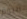
اليوم